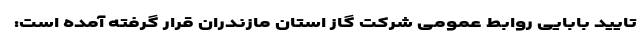
تایید بابایی روابط عمومی شرکت گاز استان مازندران قرار گرفته آمده است: